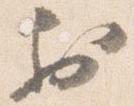
於